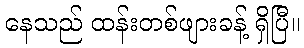
နေသည် ထန်းတစ်ဖျားခန့် ရှိပြီ။